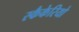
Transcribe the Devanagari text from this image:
स्कैकेरियो